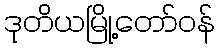
ဒုတိယမြို့တော်ဝန်